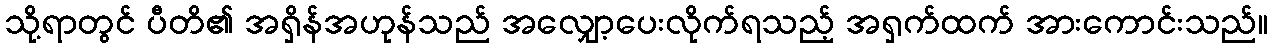
သို့ရာတွင် ပီတိ၏ အရှိန်အဟုန်သည် အလျှော့ပေးလိုက်ရသည့် အရှက်ထက် အားကောင်းသည်။